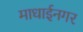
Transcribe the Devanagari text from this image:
माधाईनगर